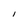
Character: I